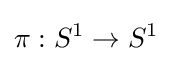
\pi :S^{1}\to S^{1}